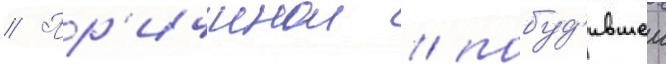
// Пр'ичинои / побуд'ившеи